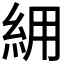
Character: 𮈉